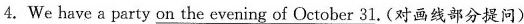
4.We have a party on the evening of October 31. (对画线部分提问)